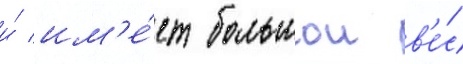
и́ им'е́ет большои в'е́с